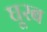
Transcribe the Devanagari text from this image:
घूरब